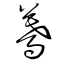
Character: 驀